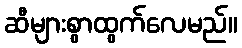
ဆီများစွာထွက်လေမည်။